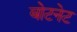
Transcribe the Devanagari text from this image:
बोटनेट